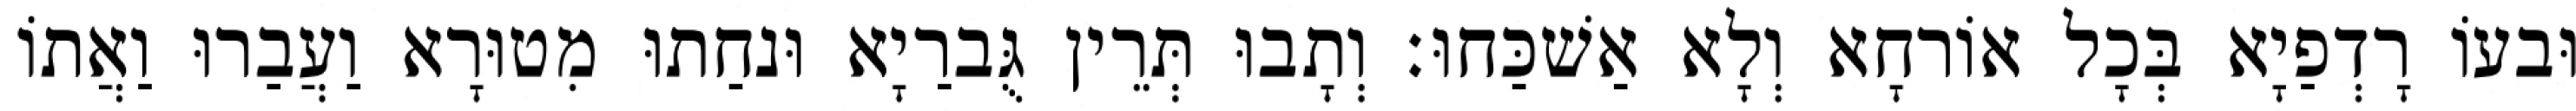
וּבעוֹ רָדְפַיָא בְּכָל אוֹרחָא וְלָא אַשׁכַּחוּ׃ וְתָבוּ תְּרֵין גֻּברַיָא וּנחַתוּ מִטוּרָא וַעֲבַרוּ וַאֲתוֹ